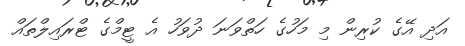
އަދި އޭގެ ކުރިން މި މަހުގެ ހަތްވަނަ ދުވަހު އެ ޓީމްގެ ޓްރައިލްތައް